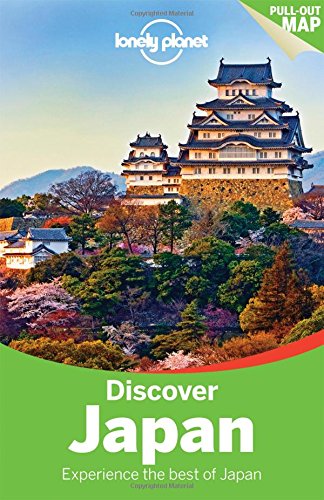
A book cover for Lonely Planet Discover Japan (Travel Guide); Lonely Planet; Travel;